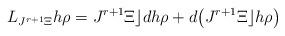
LaTeX: \begin{gather*}L_{ J^{r+1}\Xi}h\rho = J^{r+1}\Xi \rfloor d h\rho +d\big( J^{r+1}\Xi \rfloor h\rho\big)\end{gather*}